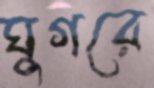
ঘুগরে